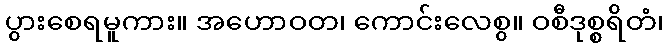
ပွားစေရမူကား။ အဟောဝတ၊ ကောင်းလေစွ။ ဝစီဒုစ္စရိတံ၊